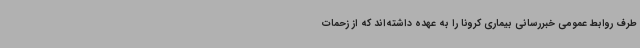
طرف روابط عمومی خبررسانی بیماری کرونا را به عهده داشته‌اند که از زحمات